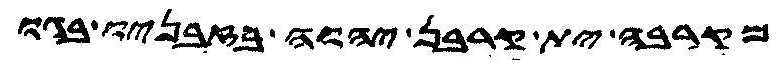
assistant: מקרבה ית קרבן יהוה בזבניו בגו